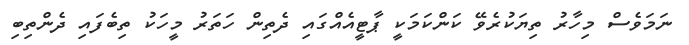
ނަމަވެސް މިހާރު ތިޔަކުރެވޭ ކަންކަމަކީ ޕާޓީއެއްގައި ދެތިން ހަތަރު މީހަކު ތިބެފައި ދެންތިބި